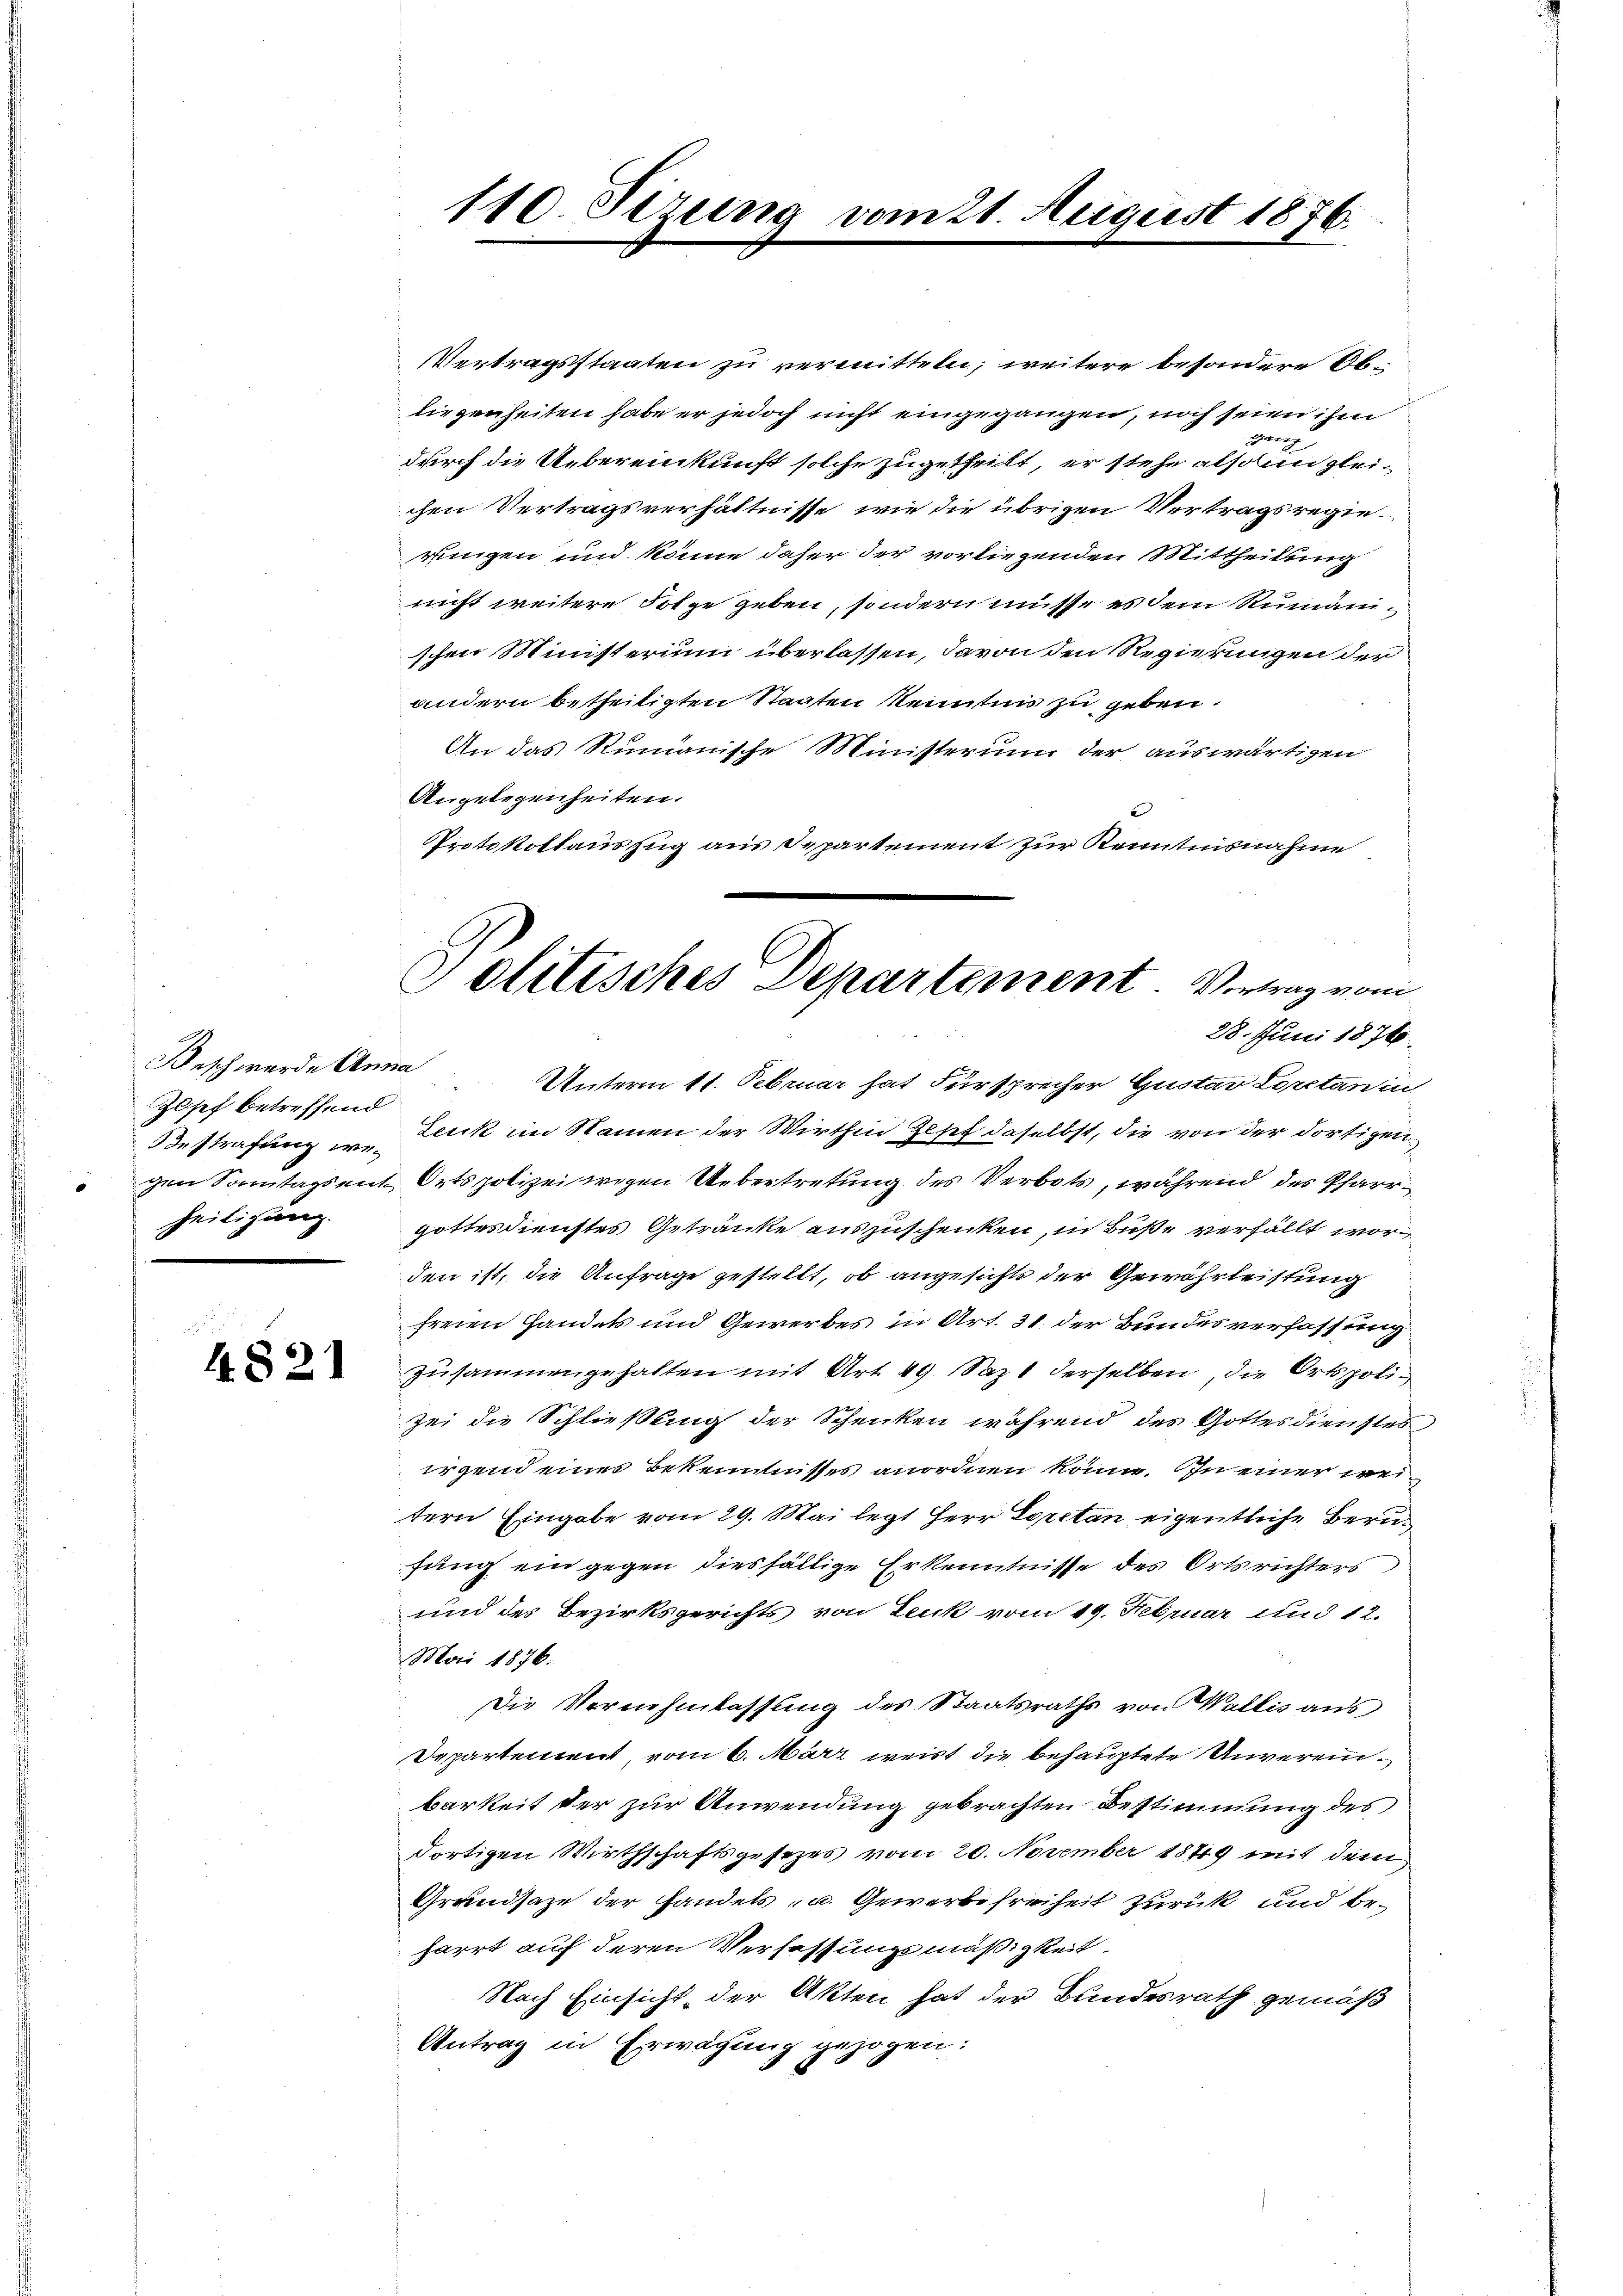
Josef betreffend
Bestrafung weheiligung.

4821

Vertragsstaaten zu vermitteln; weitere besondere Obliegenheiten habe er jedoch nicht eingegangen, noch seien ihm
gern
durch die Uebereinkunft solche zugetheilt, er stehe also ungleichen Vertragsverhältnisse, wie die übrigen Vertragsregieringen und könne daher der vorliegenden Mittheilung
nicht weitere Folge geben, sondern müsse es dem Rumänischen Ministerium überlassen, davon den Regierungen der
andern betheiligten Staaten Kenntnis zu geben.
An das Rumanische Ministerium der auswärtigen
Angelegenheiten.
Protokollauszug aus Departement zur Kenntnisnahme

110. Sizung

21. August 1876.

Beschwerden Unterm 11. Februar hat Fürsprecher Gustav Loretan in
Lecck im Namen der Wirthin Josef daselbst, die von der dortigen
gen Sonntagsent Ortspolizei wegen Uebertretung des Verbots, während des Pfarrgottesdienstes Getränke auszuschenken, in Buße verfällt worden ist, die Anfrage gestellt, ob angesichts der Gewährleistung
freien Handels und Gewerbes in Art. 31 der Bundesverfassung
zusammengehalten mit Art. 49. Sazt derselben, die Ortspolizei die Schließung der Schenken während des Gottesdienstes,
irgend eines Bekenntnisses anordnen könne. In einer weitern Eingabe vom 29. Mai legt Herr Portan eigentliche Berufung ein gegen diesfällige Erkenntnisse des Ortsrichters
und des Bezirksgerichts von Leuk vom 19. Februar und 12.
Mai 1876.
Die Vernehmlassung des Staatsraths von Wallis aus
Departement vom 6. März weist die behauptete Unvereinbarkeit der zur Anwendung gebrachten Bestimmung des
dortigen Wirthschaftsgesezes vom 20. November 1849 mit dem
Grandsaze der Handels- u. Gewerbefreiheit zurück und beharrt auf deren Verfassungsmäßigkeit
Nach Einsicht, der Akten hat der Bundesrath gemäß
Antrag in Erwägung gezogen:

Politisches Departement Vertrag vom
28. Juni 1876